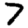
Digit: 7